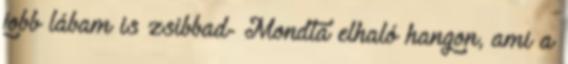
jobb lábam is zsibbad- Mondta elhaló hangon, ami a